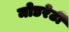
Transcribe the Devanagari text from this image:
मोडरेटी